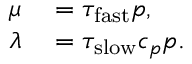
\begin{array} { r l } { \mu } & { { } = \tau _ { \mathrm { f a s t } } p , } \\ { \lambda } & { { } = \tau _ { \mathrm { s l o w } } c _ { p } p . } \end{array}